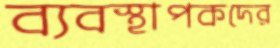
ব্যবস্থাপকদের